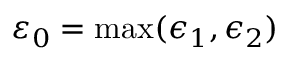
\varepsilon _ { 0 } = \operatorname* { m a x } ( \epsilon _ { 1 } , \epsilon _ { 2 } )